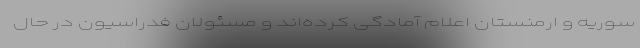
سوریه و ارمنستان اعلام آمادگی کرده‌اند و مسئولان فدراسیون در حال